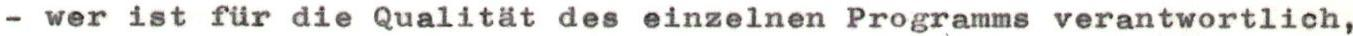
- wer ist für die Qualität des einzelnen Programms verantwortlich,